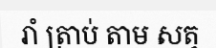
រាំ ត្រាប់ តាម សត្វ